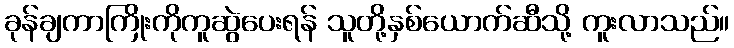
ခုန်ချကာကြိုးကိုကူဆွဲပေးရန် သူတို့နှစ်ယောက်ဆီသို့ ကူးလာသည်။